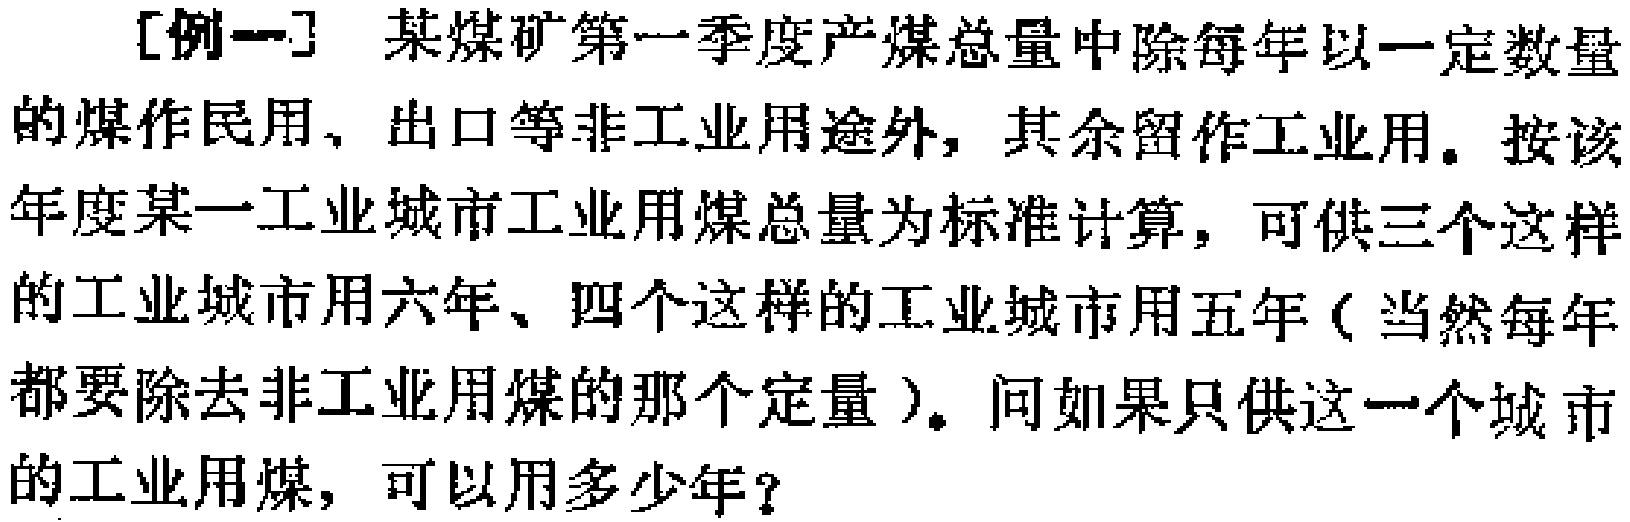
[例一] 某煤矿第一季度产煤总量中除每年以一定数量的煤作民用、出口等非工业用途外，其余留作工业用。按该年度某一工业城市工业用煤总量为标准计算，可供三个这样的工业城市用六年、四个这样的工业城市用五年（当然每年都要除去非工业用煤的那个定量）。问如果只供这一个城市的工业用煤，可以用多少年？